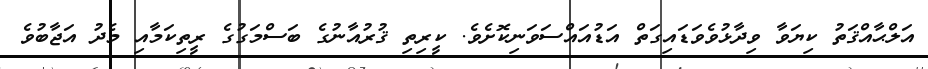
އަލްޙާއްޤަތު ކިޔަވާ ވިދާޅުވެވަޑައިގަތް އަޑުއައްސަވަނިކޮށެވެ. ކީރިތި ޤުރުއާނުގެ ބަސްމަގުގެ ރީތިކަމާއި މެދު އަޖާބުވެ